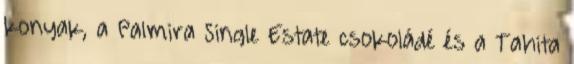
konyak, a Palmira Single Estate csokoládé és a Tahita